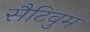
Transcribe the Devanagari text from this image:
सैटिवुम